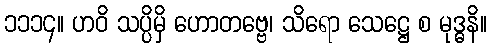
၁၁၁၄။ ဟဝိ သပ္ပိမှိ ဟောတဗ္ဗေ၊ သိရော သေဋ္ဌေ စ မုဒ္ဓနိ။